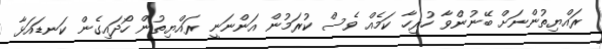
ރައްޔިތުންނަށް ބޭނުންވާ ހުރިހާ ކަމެއް ވެސް ކުރަމުން އަންނަނީ ރައްޔިތުން ހޯދައިގެން ކަނޑައަޅާ